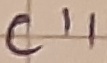
Text: C11